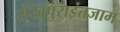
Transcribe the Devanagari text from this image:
सेखुपुराइंतजाम